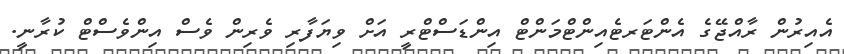
އެއިރުން ރާއްޖޭގެ އެންޓަރޓެއިންޓްމަންޓް އިންޑަސްޓްރީ އަށް ވިޔަފާރި ވެރިން ވެސް އިންވެސްޓް ކުރާނީ.